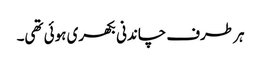
ہر طرف چاندنی بکھری ہوئی تھی۔